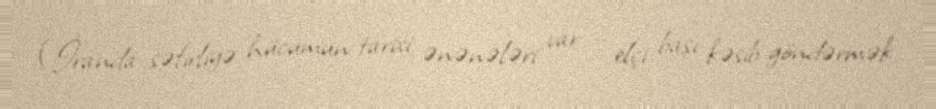
(İranda səfirliyə hücumun tarixi ənənələri var – elçi başı kəsib göndərmək